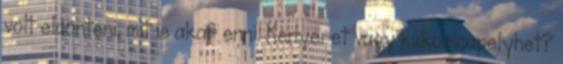
volt eldönteni, mit is akar enni. Kenyeret vagy kukoricapelyhet?